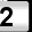
Digit: 2